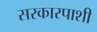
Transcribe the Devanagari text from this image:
सरकारपाशी